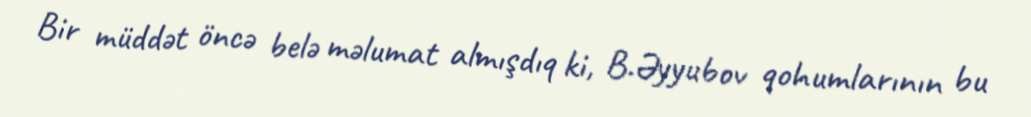
Bir müddət öncə belə məlumat almışdıq ki, B.Əyyubov qohumlarının bu